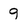
Character: 9